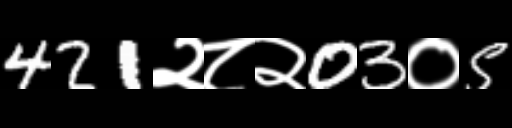
Text: 421२८२03०5